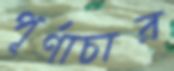
পূর্ণাচার